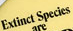
Extinct Species